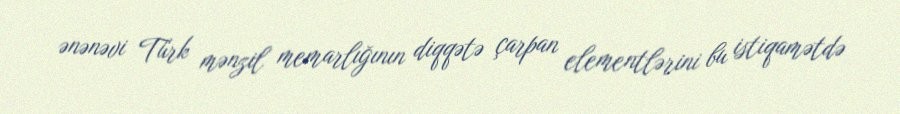
ənənəvi Türk mənzil memarlığının diqqətə çarpan elementlərini bu istiqamətdə